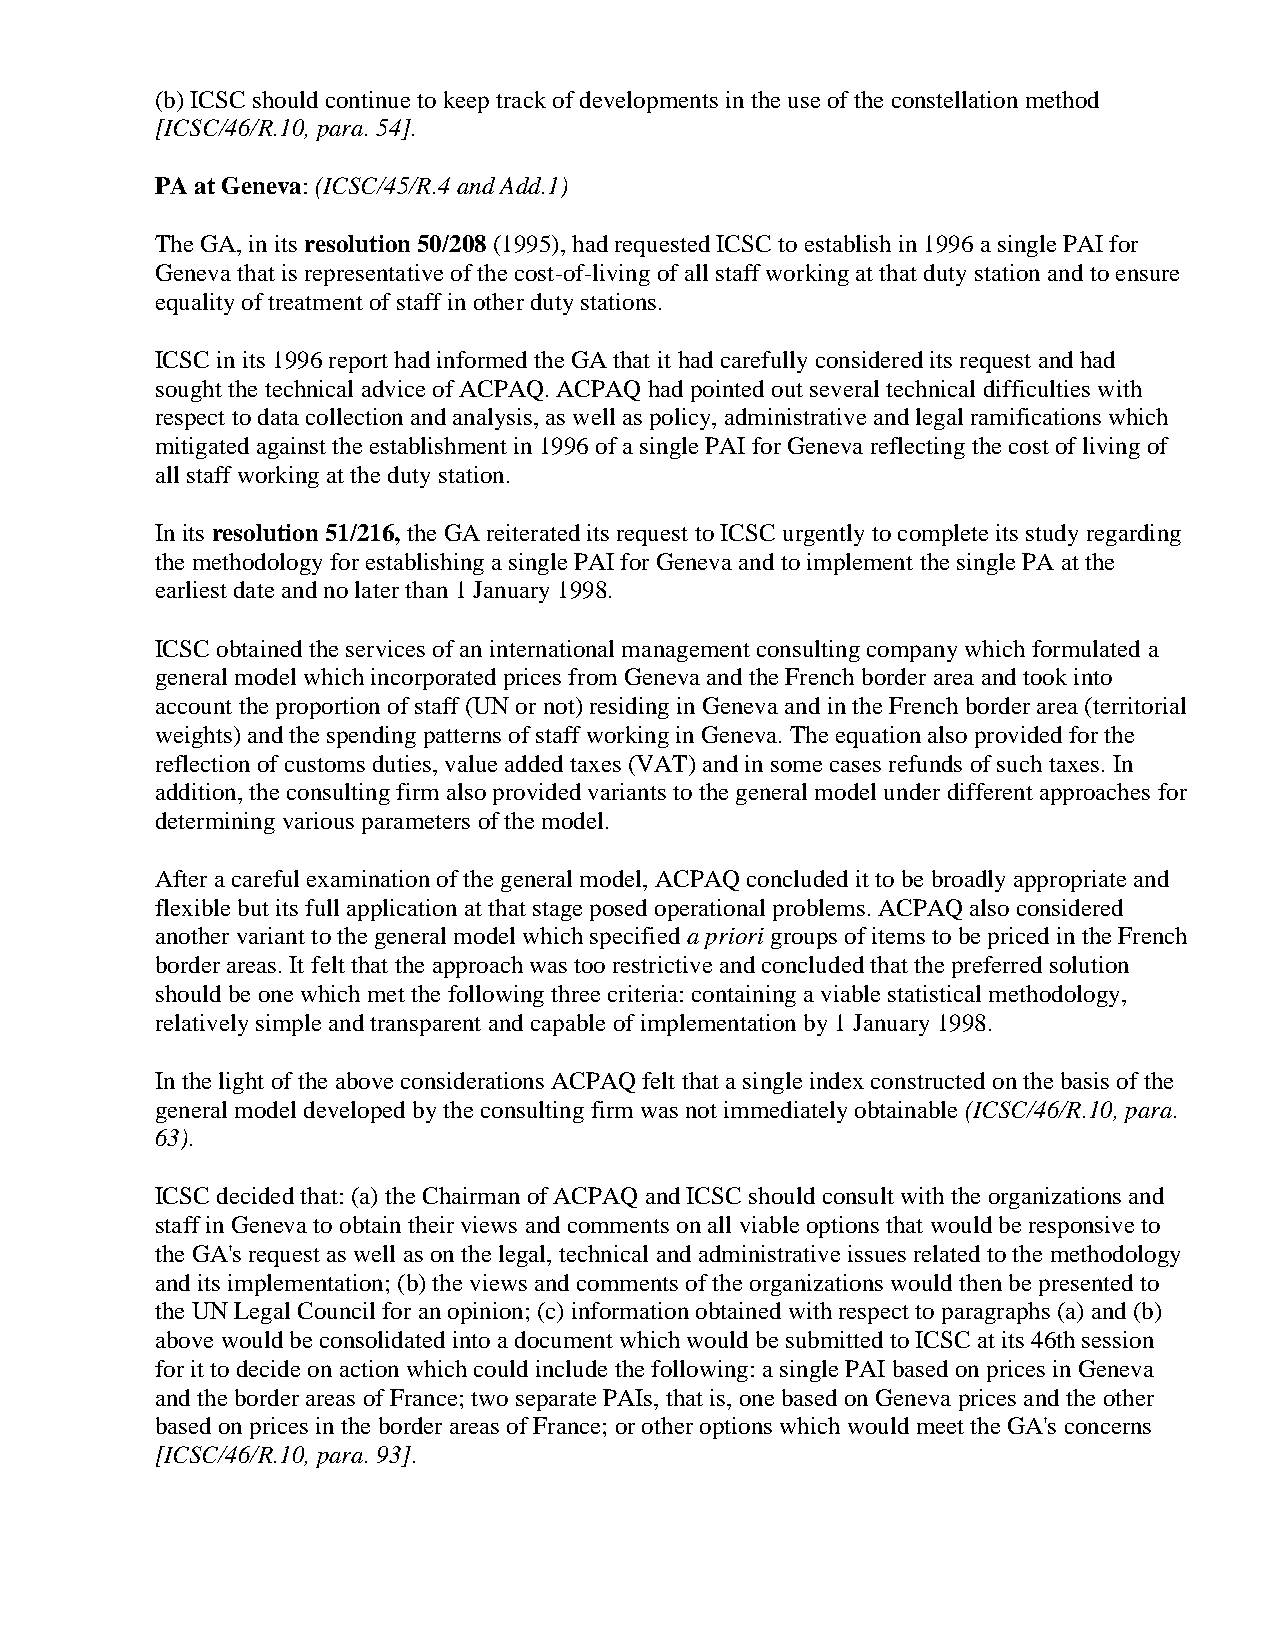
(b) ICSC should continue to keep track of developments in the use of the constellation method
 [ICSC/46/R.10, para. 54].
 PA at Geneva: (ICSC/45/R.4 and Add.1)
 The GA, in its resolution 50/208 (1995), had requested ICSC to establish in 1996 a single PAI for
 Geneva that is representative of the cost-of-living of all staff working at that duty station and to ensure
 equality of treatment of staff in other duty stations.
 ICSC in its 1996 report had informed the GA that it had carefully considered its request and had
 sought the technical advice of ACPAQ. ACPAQ had pointed out several technical difficulties with
 respect to data collection and analysis, as well as policy, administrative and legal ramifications which
 mitigated against the establishment in 1996 of a single PAI for Geneva reflecting the cost of living of
 all staff working at the duty station.
 In its resolution 51/216, the GA reiterated its request to ICSC urgently to complete its study regarding
 the methodology for establishing a single PAI for Geneva and to implement the single PA at the
 earliest date and no later than 1 January 1998.
 ICSC obtained the services of an international management consulting company which formulated a
 general model which incorporated prices from Geneva and the French border area and took into
 account the proportion of staff (UN or not) residing in Geneva and in the French border area (territorial
 weights) and the spending patterns of staff working in Geneva. The equation also provided for the
 reflection of customs duties, value added taxes (VAT) and in some cases refunds of such taxes. In
 addition, the consulting firm also provided variants to the general model under different approaches for
 determining various parameters of the model.
 After a careful examination of the general model, ACPAQ concluded it to be broadly appropriate and
 flexible but its full application at that stage posed operational problems. ACPAQ also considered
 another variant to the general model which specified a priori groups of items to be priced in the French
 border areas. It felt that the approach was too restrictive and concluded that the preferred solution
 should be one which met the following three criteria: containing a viable statistical methodology,
 relatively simple and transparent and capable of implementation by 1 January 1998.
 In the light of the above considerations ACPAQ felt that a single index constructed on the basis of the
 general model developed by the consulting firm was not immediately obtainable (ICSC/46/R.10, para.
 63).
 ICSC decided that: (a) the Chairman of ACPAQ and ICSC should consult with the organizations and
 staff in Geneva to obtain their views and comments on all viable options that would be responsive to
 the GA's request as well as on the legal, technical and administrative issues related to the methodology
 and its implementation; (b) the views and comments of the organizations would then be presented to
 the UN Legal Council for an opinion; (c) information obtained with respect to paragraphs (a) and (b)
 above would be consolidated into a document which would be submitted to ICSC at its 46th session
 for it to decide on action which could include the following: a single PAI based on prices in Geneva
 and the border areas of France; two separate PAIs, that is, one based on Geneva prices and the other
 based on prices in the border areas of France; or other options which would meet the GA's concerns
 [ICSC/46/R.10, para. 93].